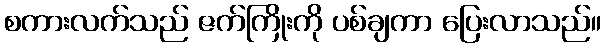
စကားလက်သည် ဇက်ကြိုးကို ပစ်ချကာ ပြေးလာသည်။